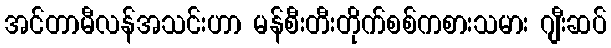
အင်တာမီလန်အသင်းဟာ မန်စီးတီးတိုက်စစ်ကစားသမား ဂျီးဆပ်